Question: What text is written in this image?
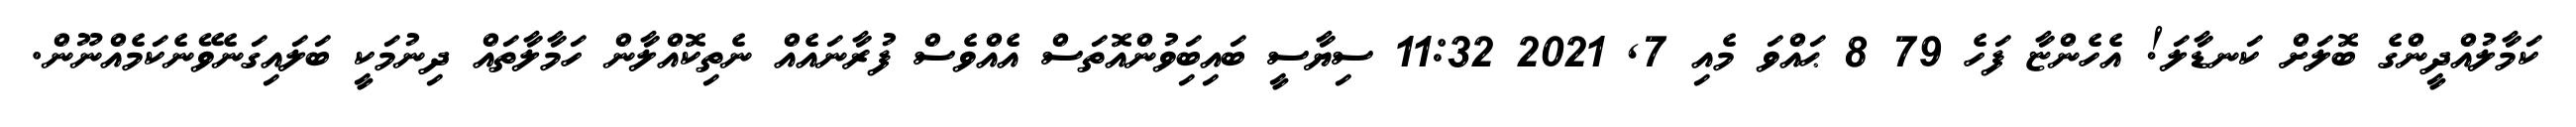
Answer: ކަމާލުއްދީންގެ ބޮލަށް ކަނޑާލަ! އެހެންޏާ ފަހެ 79 8 ޙައްވަ މެއި 7, 2021 11:32 ސިޔާސީ ބައިބަިވުންއޮތަސް އެއްވެސް ފުރާނައެއް ނެތިކޮއްލާން ހަމާލާތައް ދިނުމަކީ ބަލައިގަނެވޭނެކަމެއްނޫން.